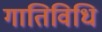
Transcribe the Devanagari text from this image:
गातिविधि